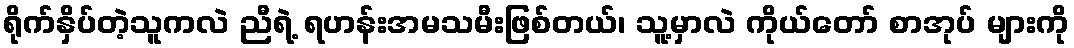
ရိုက်နှိပ်တဲ့သူကလဲ ညီရဲ့ ရဟန်းအမသမီးဖြစ်တယ်၊ သူ့မှာလဲ ကိုယ်တော် စာအုပ် များကို